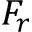
F _ { r }